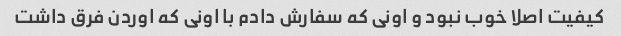
کیفیت اصلا خوب نبود و اونی که سفارش دادم با اونی که اوردن فرق داشت